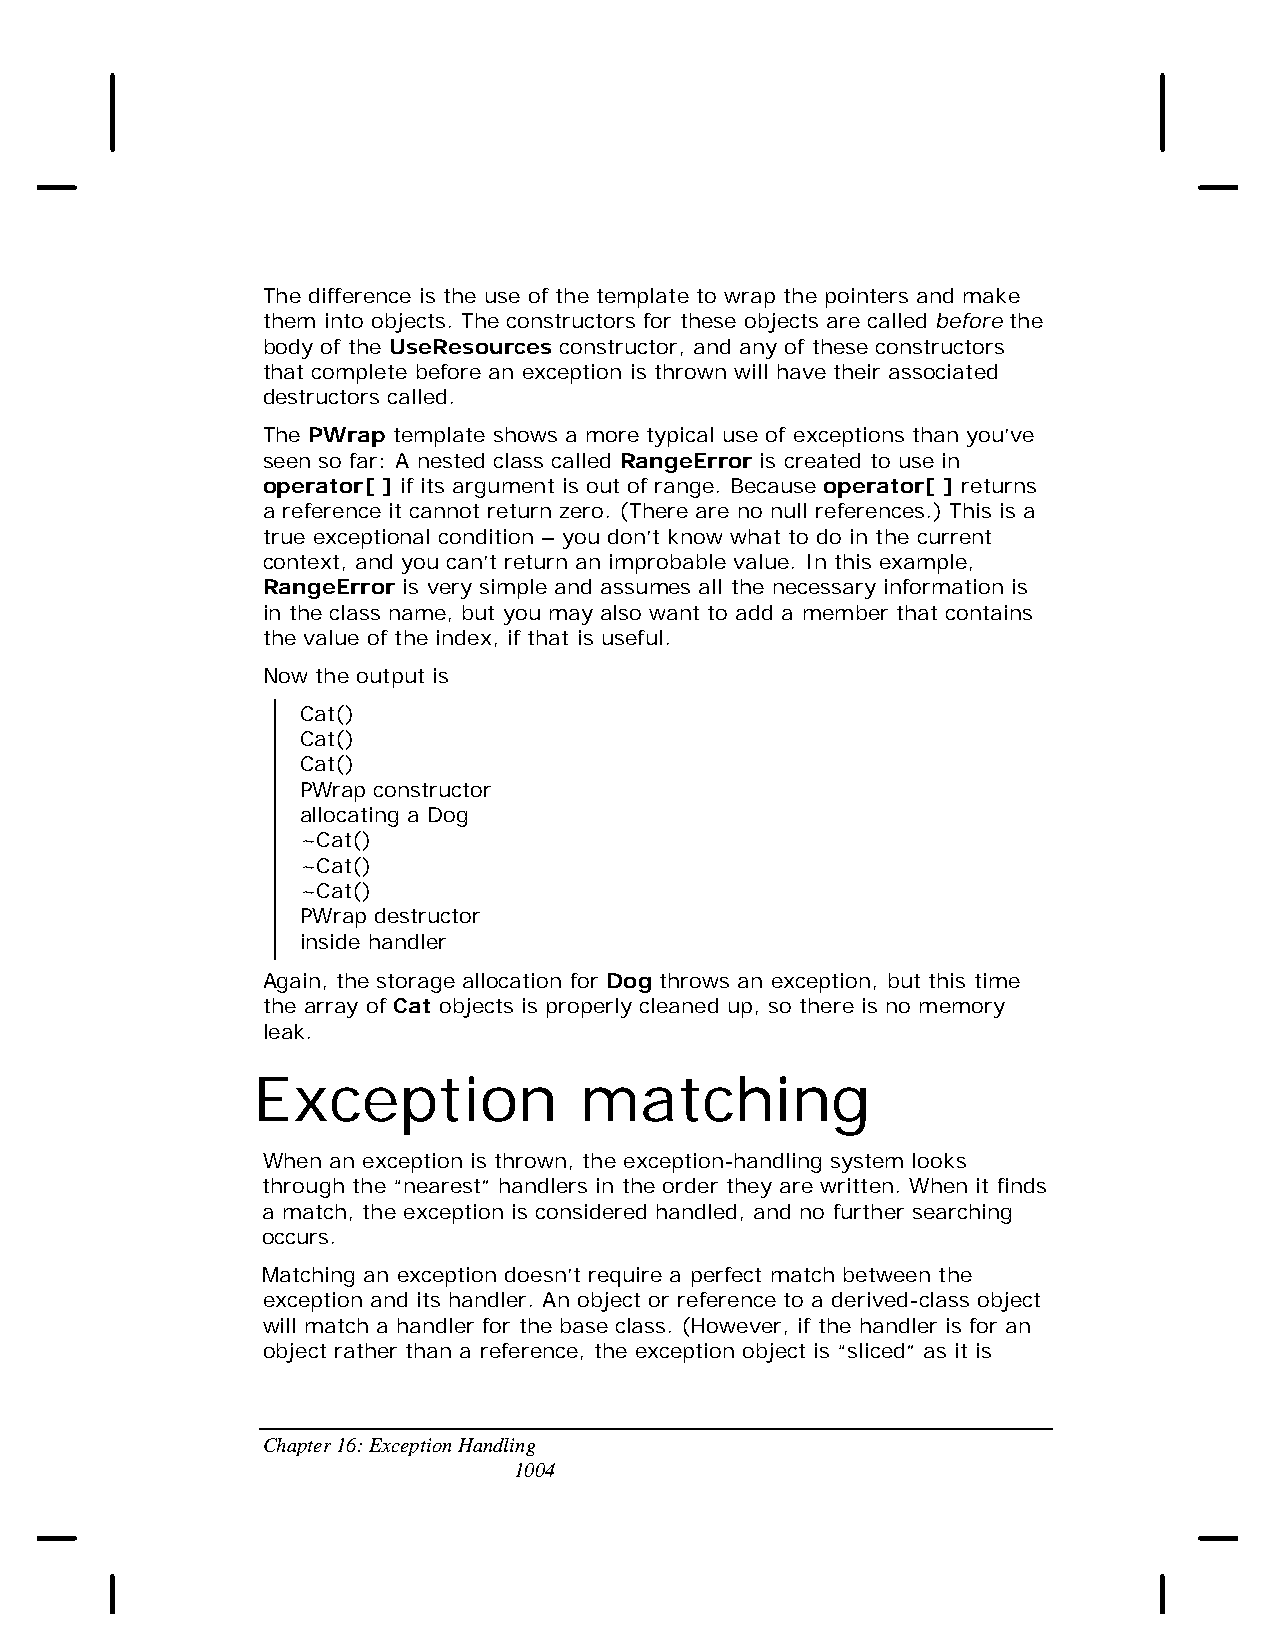
The difference is the use of the template to wrap the pointers and make
 them into objects. The constructors for these objects are called before the
 body of the UseResources constructor, and any of these constructors
 that complete before an exception is thrown will have their associated
 destructors called.
 The PWrap template shows a more typical use of exceptions than you’ve
 seen so far: A nested class called RangeError is created to use in
 operator[ ] if its argument is out of range. Because operator[ ] returns
 a reference it cannot return zero. (There are no null references.) This is a
 true exceptional condition – you don’t know what to do in the current
 context, and you can’t return an improbable value. In this example,
 RangeError is very simple and assumes all the necessary information is
 in the class name, but you may also want to add a member that contains
 the value of the index, if that is useful.
 Now the output is
 Cat()
 Cat()
 Cat()
 PWrap constructor
 allocating a Dog
 ~Cat()
 ~Cat()
 ~Cat()
 PWrap destructor
 inside handler
 Again, the storage allocation for Dog throws an exception, but this time
 the array of Cat objects is properly cleaned up, so there is no memory
 leak.
 Exception            matching
 When an exception is thrown, the exception-handling system looks
 through the “nearest” handlers in the order they are written. When it finds
 a match, the exception is considered handled, and no further searching
 occurs.
 Matching an exception doesn’t require a perfect match between the
 exception and its handler. An object or reference to a derived-class object
 will match a handler for the base class. (However, if the handler is for an
 object rather than a reference, the exception object is “sliced” as it is
 Chapter 16: Exception Handling
 1004